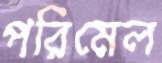
পরিমেল